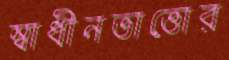
স্বাধীনতাত্তোর